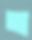
অ